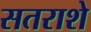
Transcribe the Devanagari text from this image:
सतराशे